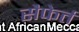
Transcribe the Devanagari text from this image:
सैफेर्त